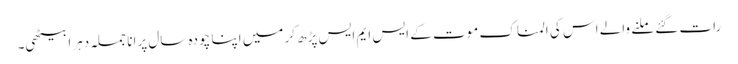
رات گئے ملنے والے اس کی المناک موت کے ایس ایم ایس پڑھ کر میں اپنا چودہ سال پرانا جملہ دہرا بیٹھی۔